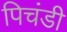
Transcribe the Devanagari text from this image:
पिचंडी